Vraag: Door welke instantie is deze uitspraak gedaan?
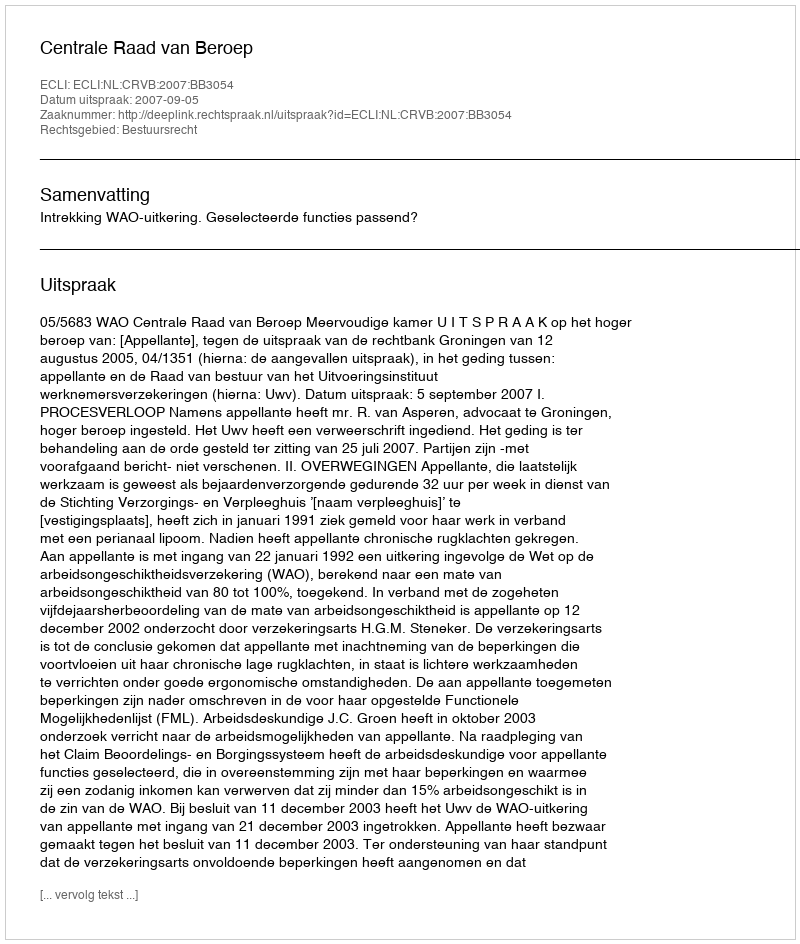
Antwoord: Centrale Raad van Beroep